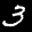
Label: 3